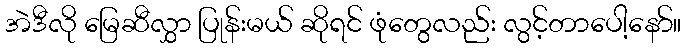
အဲဒီလို မြေဆီလွှာ ပြုန်းမယ် ဆိုရင် ဖုံတွေလည်း လွင့်တာပေါ့နော်။